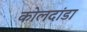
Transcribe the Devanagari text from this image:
कोलदांडा